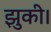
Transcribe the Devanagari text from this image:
झुकी।